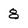
Character: 8